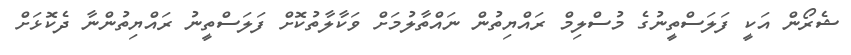
ޝެރޯން އަކީ ފަލަސްތީނުގެ މުސްލިމް ރައްޔިތުން ނައްތާލުމަށް ވަކާލާތުކޮށް ފަލަސްތީނު ރައްޔިތުންނާ ދެކޮޅަށް